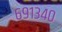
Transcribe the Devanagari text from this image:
६९१३४०